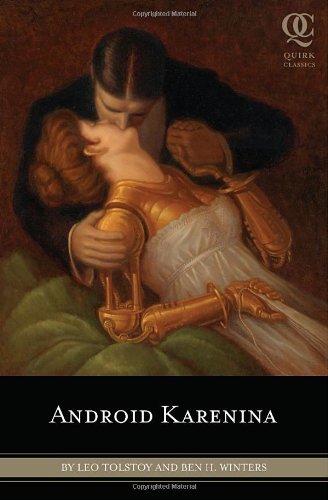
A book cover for Android Karenina (Quirk Classic); Leo Tolstoy; Literature & Fiction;